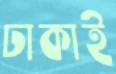
ঢাকাই